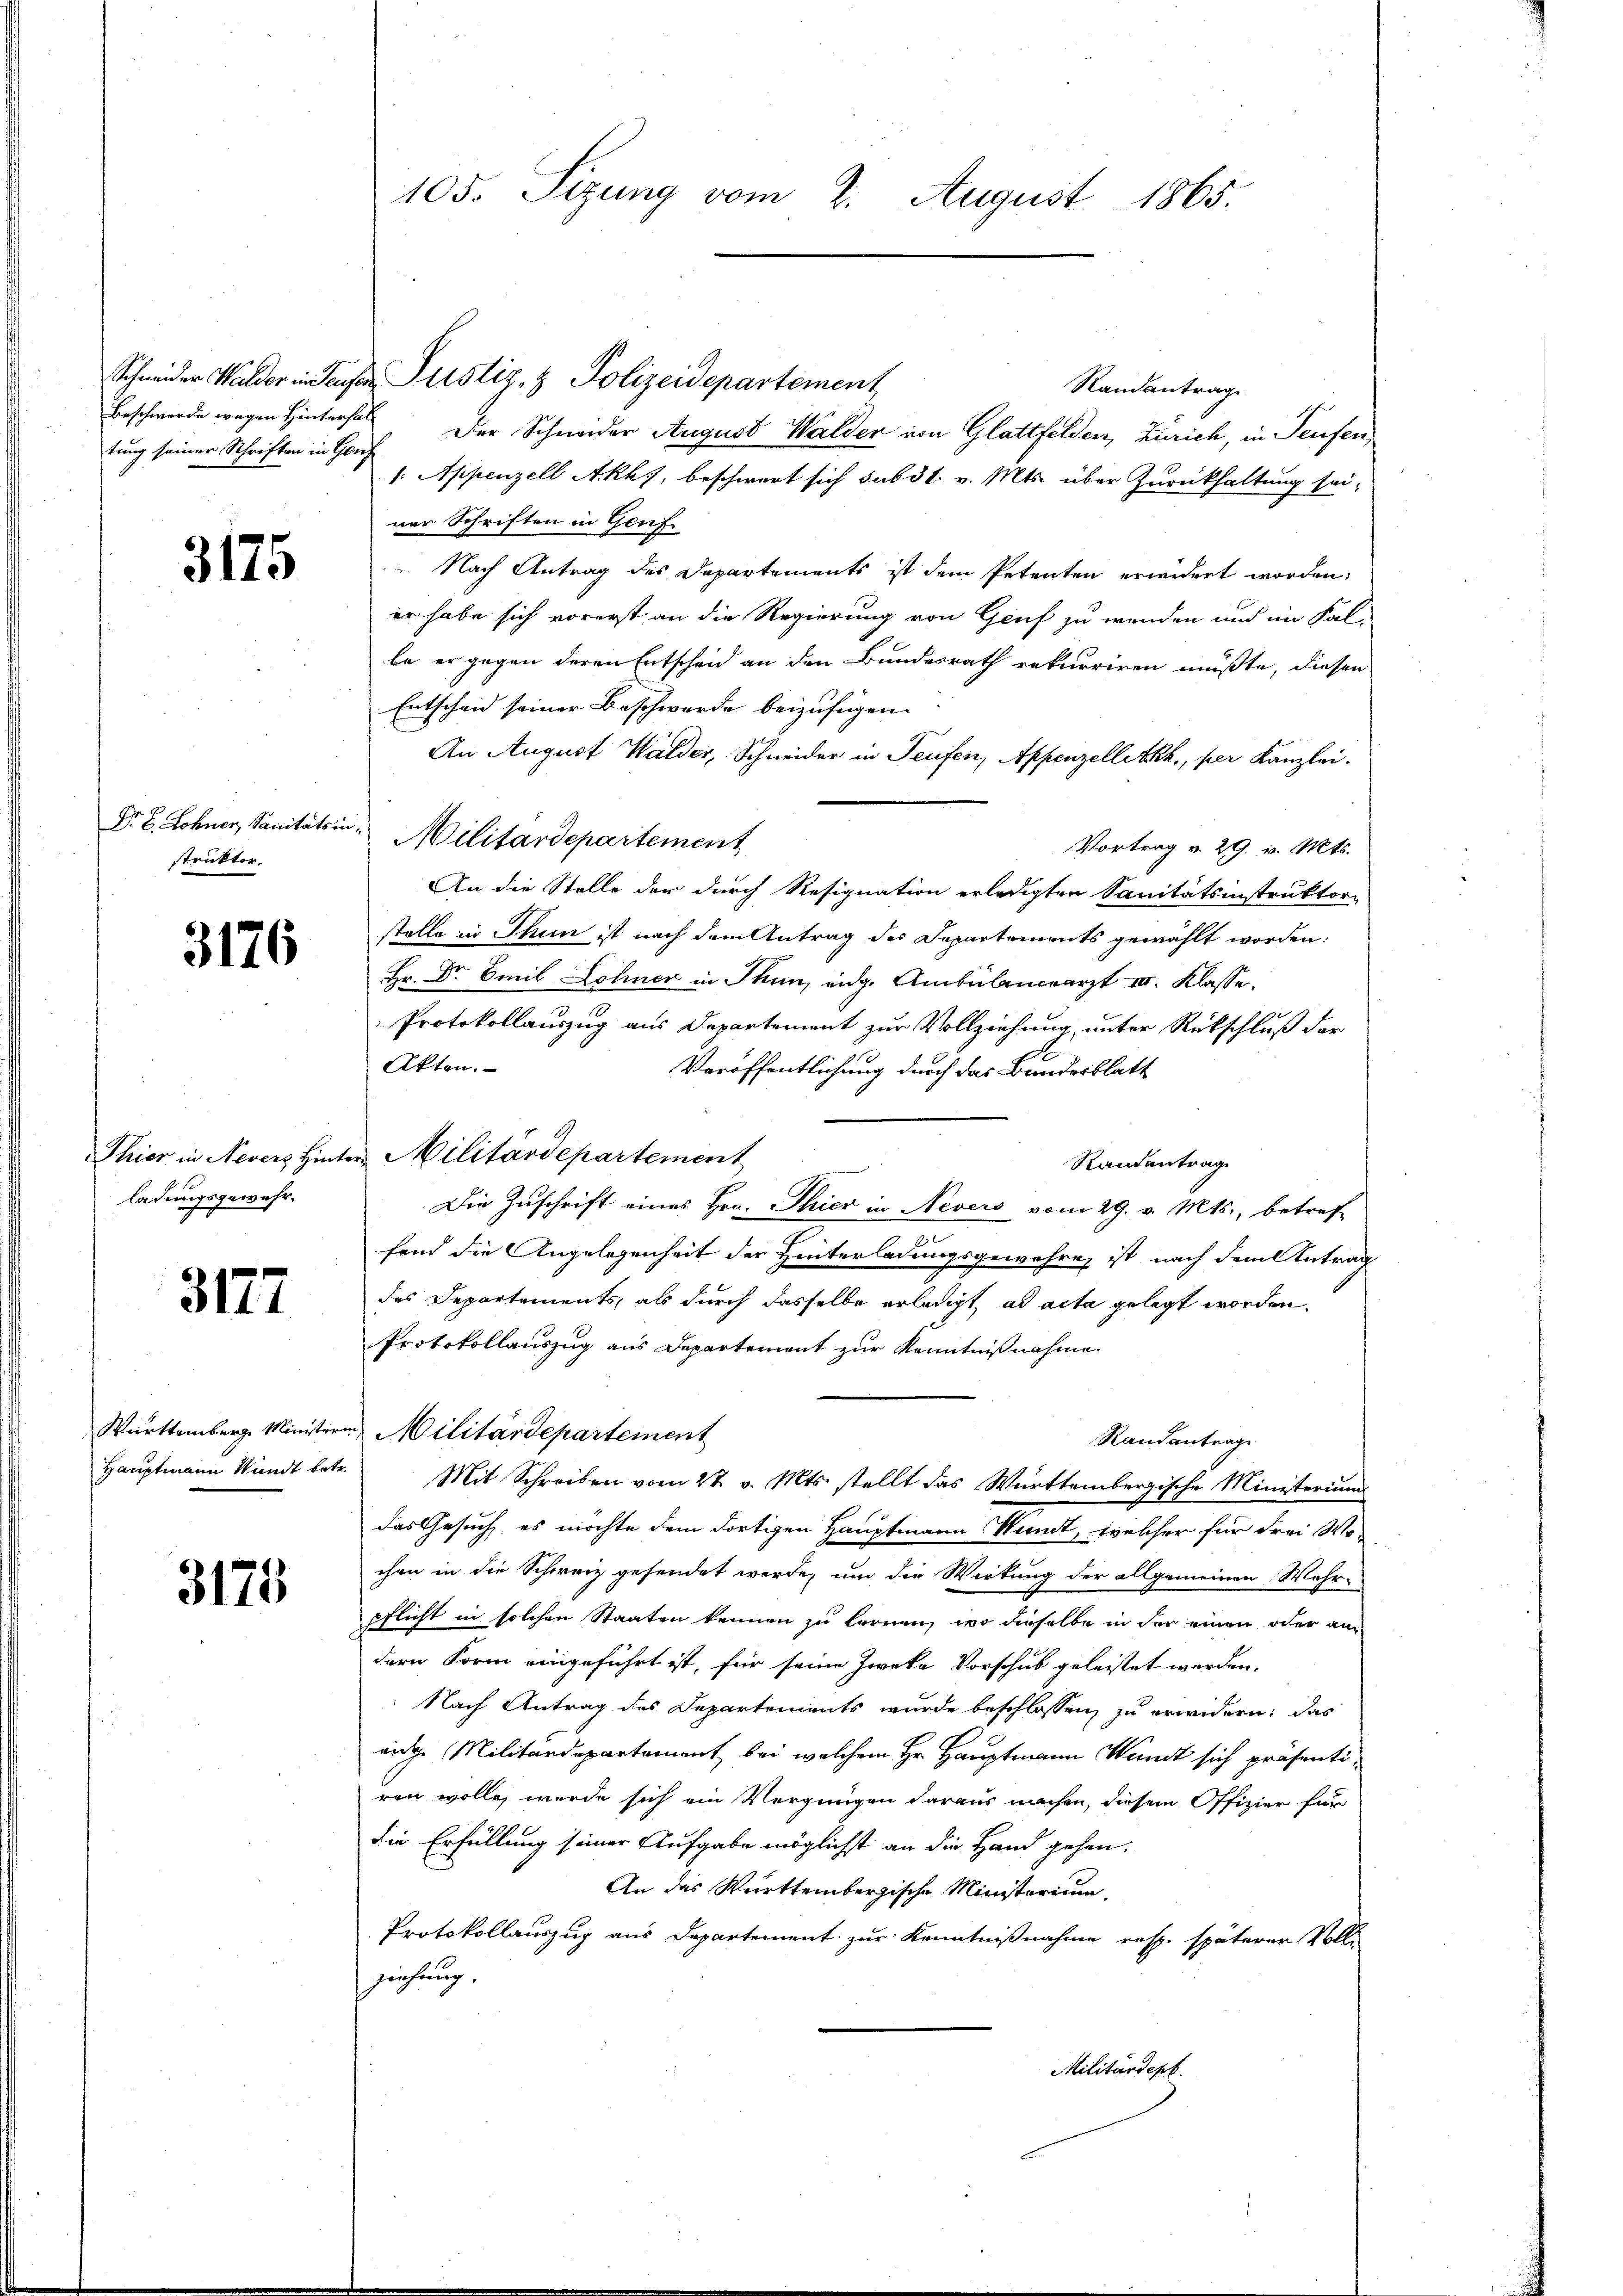
tung seiner Schriften in Genz

3175

Dr E. Lohner, Sanitätsin
strickter.

3176

Thier in Nevers Hinter
ladungsgewahr.

3177

Württemberg Minister.
Hauptmann Wundt betr.

3178

105. Sizung vom 2. August 1865.

Randantrag
Beschwerde wegen Hinterhalt Der Schneider August Walder von Glattfelden, Zürich, in Teufen,
1. Appenzell Akk), beschwert sich subst. v. Mts. über Zurückhaltung sei-
ner Schriften in Genf
 Nach Antrag des Departements ist dem Petenten erwidert worden.
er habe sich vorerst an die Regierung von Genf zu werden und im Fal-
be er gegen deren Entscheid an den Bundesrath rekurriren müßte, diesen
Entscheid seiner Beschwerde beizufügen.
An August Walder, Schneider in Teufen, Appenzelleth, per Kanzlei.
Militärdepartement
Vortrag v. 29. v. Mts.
An die Stelle der durch Resignation erledigten Sanitätsinstruktor-
stelle in Thun ist nach dem Antrag des Departements gewählt worden:
Hr. Dr. Emil Sohner in Thun, eidg. Ambülanceärzt I. Klasse.
Protokollauszug aus Departement zur Vollziehung, unter Rückschluß der
Akten.
Veröffentlichung durch das Bundesblatt
u Militärdepartement
Randantrag
Die Zuschrift eines Hrn. Thier in Nevers vom 29. v. Mts., betref-
fand die Angelegenheit der Hinterladungsgewähren ist nach dem Antrag
des Departements, als durch dasselbe erledigt, ad acta gelegt worden.
Protokollauszug aus Departement zur Kenntnißnahme
Militärdepartement
Randantrage
Mit Schreiben vom 27. v. Mts. stellt das Württembergische Ministerium
das Gesuch, es möchte dem dortigen Hauptmann Numt, welcher für drei Wochen in die Schweiz gesendet werde, um die Wirkung der allgemeinen Mehr-
pflicht in solchen Staaten kennen zu lernen, wo dieselbe in der einen oder andern Form eingeführt ist, für seine Zwecke Vorschub geleistet werden.
Nach Antrag des Departements wurde beschlossen, zu erwidern, das
wige Militärdepartement, bei welchem Hr. Hauptmann Wundt sich präsentiren wolle, werde sich ein Vergnügen daraus machen, diesem Offizier für
die Erfüllung seiner Aufgabe möglichst an die Hand gehen.
An das Württembergische Ministerium,
Protokollauszug aus Departement zur Kenntnißnahme resp. späterer Vollziehung.
Militärdept.

Schneider Walder in Teufer Justiz- & Polizeidepartement